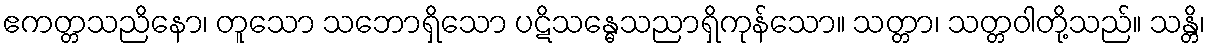
ဧကတ္တသညိနော၊ တူသော သဘောရှိသော ပဋိသန္ဓေသညာရှိကုန်သော။ သတ္တာ၊ သတ္တဝါတို့သည်။ သန္တိ၊